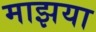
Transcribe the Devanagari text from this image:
माझया